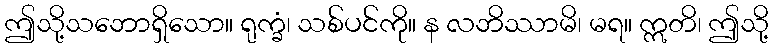
ဤသို့သဘောရှိသော။ ရုက္ခံ၊ သစ်ပင်ကို။ န လဘိဿာမိ၊ မရ။ ဣတိ၊ ဤသို့